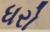
ધરો